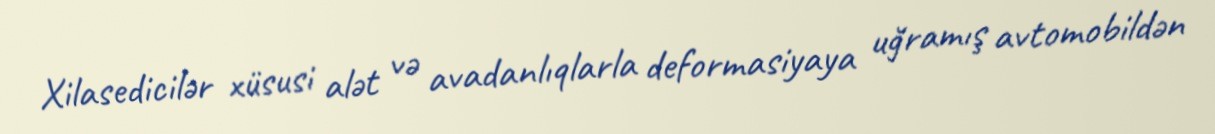
Xilasedicilər xüsusi alət və avadanlıqlarla deformasiyaya uğramış avtomobildən